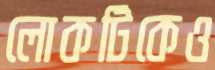
লোকটিকেও